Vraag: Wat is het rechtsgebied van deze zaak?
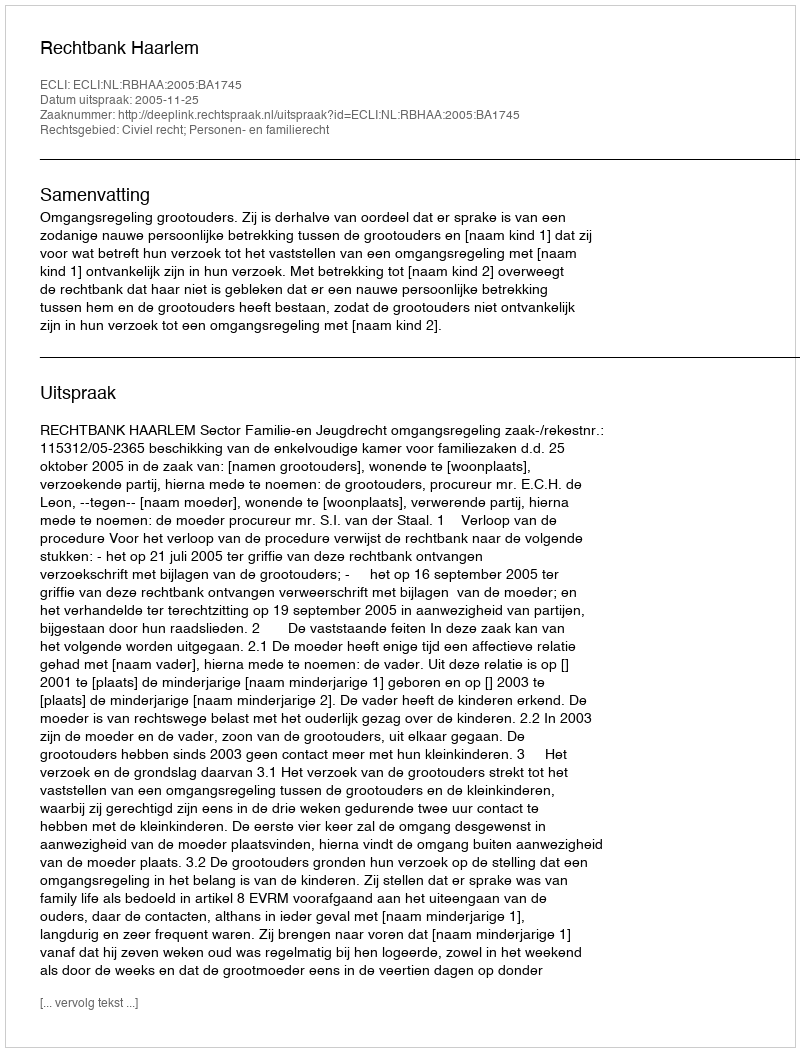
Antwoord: Civiel recht; Personen- en familierecht